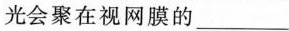
光会聚在视网膜的___